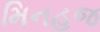
મિનહજ